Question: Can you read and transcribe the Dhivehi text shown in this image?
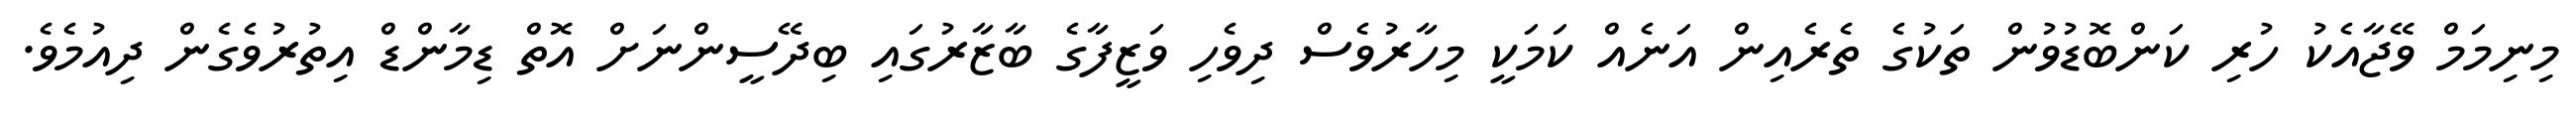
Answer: މިނިމަމް ވޭޖާއެކު ހުރި ކަންބޮޑުވުން ތަކުގެ ތެރެއިން އަނެއް ކަމަކީ މިހާރުވެސް ދިވެހި ވަޒީފާގެ ބާޒާރުގައި ބިދޭސީންނަށް އޮތް ޑިމާންޑް އިތުރުވެގެން ދިއުމެވެ.